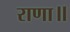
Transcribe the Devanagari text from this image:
राणा॥